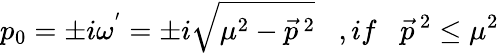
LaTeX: p_{0}=\pm i{\omega}^{'}=\pm i\sqrt{{\mu}^{2}-{\vec{p}}^{\, 2}}\; \; \; ,if\; \; \; {\vec{p}}^{\, 2}\leq{\mu}^{2}